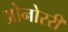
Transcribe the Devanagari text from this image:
ओनोररी